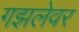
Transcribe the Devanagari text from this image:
गझलेवर